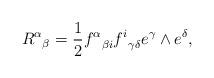
LaTeX: \begin{align*}{{\, R^\alpha}}_\beta ={1\over 2} {f^\alpha}_{\beta i}{f^i}_{\gamma\delta} e^\gamma\wedge e^\delta,\end{align*}